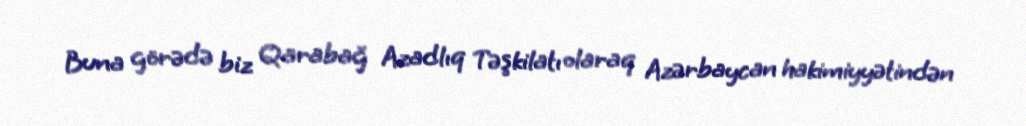
Buna görədə biz Qarabağ Azadlıq Təşkilatı olaraq Azərbaycan hakimiyyətindən